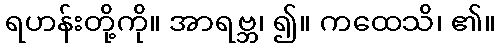
ရဟန်းတို့ကို။ အာရဗ္ဘ၊ ၍။ ကထေသိ၊ ၏။